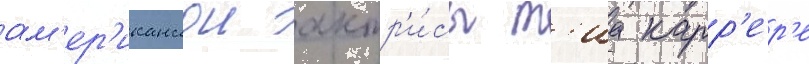
ам'ер'иканскои актр'и́сы т'иа карр'ер'е